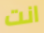
انت